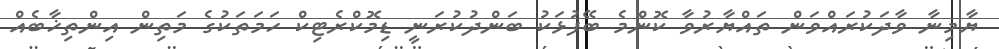
ޔާމިނާ ވާދަކުރައްވަން ތައްޔާރުވާ ކޮންމެ ބޭފުޅަކު ބަންދުކުރަނީ ޑިމޮކްރެޓިކް ހަމަތަކުގެ މަތިން އިންތިޚާބެއް